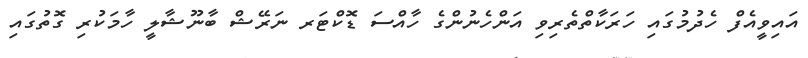
އައިވީއެފް ހެދުމުގައި ހަރަކާތްތެރިވި އަންހެނުންގެ ހާއްސަ ޑޮކްޓަރ ނަރޭޝް ބާނޫޝާލީ ހާމަކުރި ގޮތުގައި